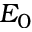
E _ { 0 }